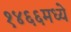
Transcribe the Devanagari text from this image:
१४६६मध्ये